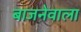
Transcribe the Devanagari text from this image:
बाजनेवाला